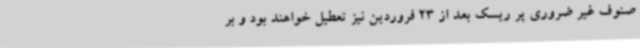
صنوف غیر ضروری پر ریسک بعد از 23 فروردین نیز تعطیل خواهند بود و بر